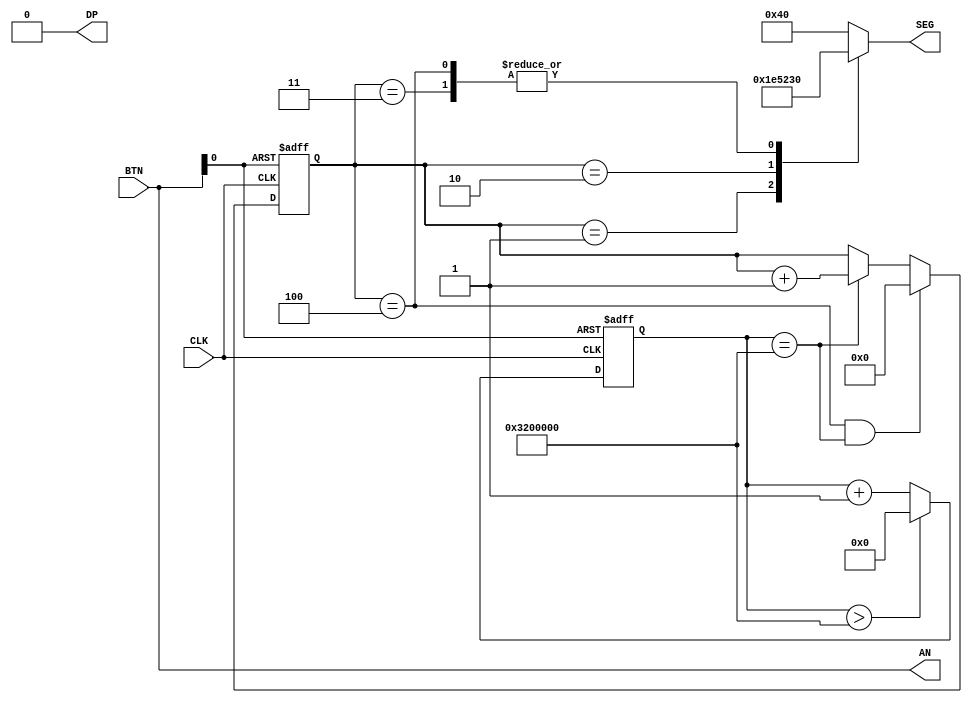
module basysTest
(
        input           CLK,
        input  [3:0]    BTN,

        output [6:0]    SEG,
        output [3:0]    AN,
        output          DP
);

wire        RST_X               = ~BTN[0];

assign AN  = BTN;
assign DP = 0;

reg [7:0] tcount;
reg [31:0] count;

parameter MAX = 50*1024*1024;

always @(posedge CLK or negedge RST_X) begin
        if( !RST_X )
                tcount <= 8'b0;
        else if( tcount == 8'b0000_0100 && count == MAX)
                tcount <= 0;
        else if( count == MAX )
                tcount <= tcount + 8'b1;
end

always @(posedge CLK or negedge RST_X) begin
        if( !RST_X )
                count <= 31'b0;
        else if(count > MAX )
                count <= 31'b0;
        else
                count <= count + 31'b1;
end

reg [6:0] r_seg;
always @* begin
        case(tcount)
                8'b0000_0001:   r_seg <= 7'b111_1001;
                8'b0000_0010:   r_seg <= 7'b010_0100;
                8'b0000_0011:   r_seg <= 7'b011_0000;
                8'b0000_0100:   r_seg <= 7'b011_0000;
                default:        r_seg <= 7'b100_0000;
        endcase
end

assign SEG = r_seg;
endmodule